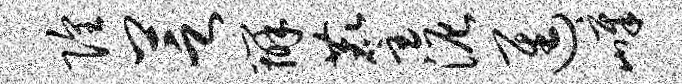
隍芝辨麈泥进嶂